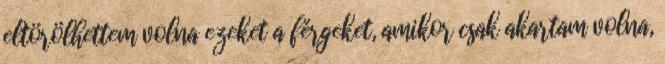
eltörölhettem volna ezeket a férgeket, amikor csak akartam volna,